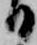
日